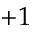
+ 1